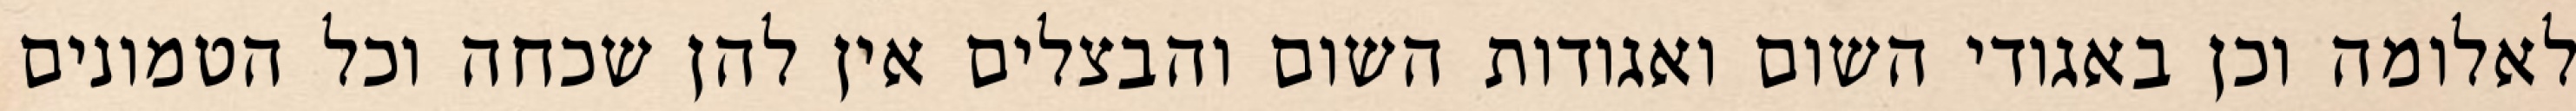
לאלומה וכן באגודי השום ואגודות השום והבצלים אין להן שכחה וכל הטמונים